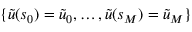
\{ \tilde { u } ( s _ { 0 } ) = \tilde { u } _ { 0 } , \ldots , \tilde { u } ( s _ { M } ) = \tilde { u } _ { M } \}